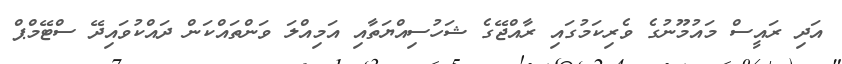
އަދި ރައީސް މައުމޫނުގެ ވެރިކަމުގައި ރާއްޖޭގެ ޝަހުސިއްޔަތާއި އަމިއްލަ ވަންތައްކަން ދައްކުވައިދޭ ސްޓޭމްޕް